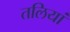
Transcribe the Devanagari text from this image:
तलियां